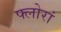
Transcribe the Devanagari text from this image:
फ्लोरां